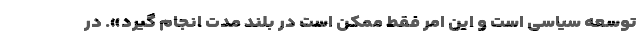
توسعه سیاسی است و این امر فقط ممکن است در بلند مدت انجام گیرد». در